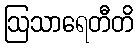
ဩသာရေတီတိ